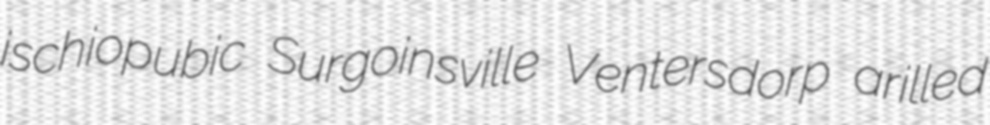
ischiopubic Surgoinsville Ventersdorp arilled